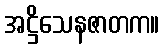
အဋ္ဌိသေနဇာတက။